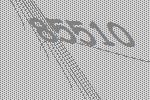
85510